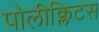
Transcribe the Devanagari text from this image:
पोलीक्लिटस